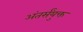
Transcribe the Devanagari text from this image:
अंतर्संयुक्त